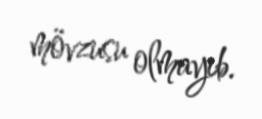
mövzusu olmayıb.